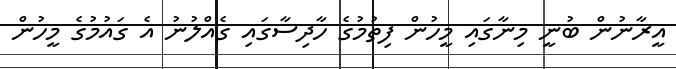
އީރާނުން ބުނީ މިނާގައި މީހުން ފިތުމުގެ ހާދިސާގައި ގެއްލުނު އެ ގައުމުގެ މީހުން